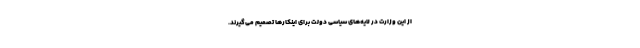
از این وزارت در لایه‌های سیاسی دولت برای اینکارها تصمیم می‌گیرند.